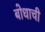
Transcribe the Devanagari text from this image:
बोधाची